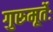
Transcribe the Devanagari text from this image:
गुरुमूर्तेः